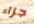
جزاء